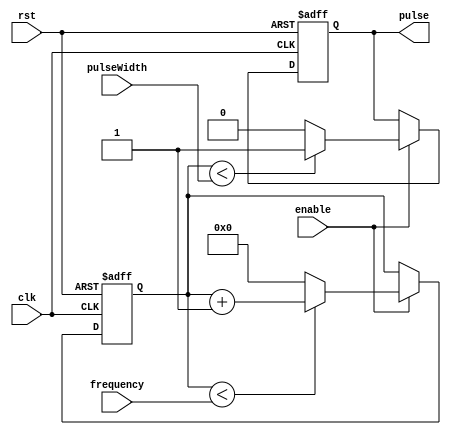
module ProgrammablePulseGenerator (
    input wire clk,
    input wire rst,
    input wire enable,
    input wire [7:0] pulseWidth,
    input wire [7:0] frequency,
    output reg pulse
);

reg [7:0] count;

always @(posedge clk or posedge rst) begin
    if (rst) begin
        count <= 8'b0;
        pulse <= 1'b0;
    end else if (enable) begin
        if (count < pulseWidth) begin
            pulse <= 1'b1;
        end else begin
            pulse <= 1'b0;
        end
        
        if (count < frequency) begin
            count <= count + 1;
        end else begin
            count <= 8'b0;
        end
    end
end

endmodule